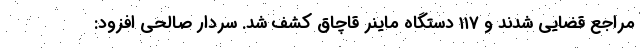
مراجع قضایی شدند و ۱۱۷ دستگاه ماینر قاچاق کشف شد. سردار صالحی افزود: